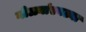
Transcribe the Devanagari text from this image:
गोळ्यांएवढ्या